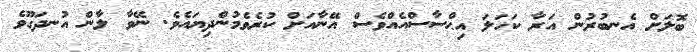
ބޮލަށް އެނބުރުން އަރާ ކަހަލަ އިޙްސާސްއެއްވެސް އޭނާއަށް ކުރެވެމުންދިޔައެވެ. ނޭވާ ލާން އުނދަގޫވެ